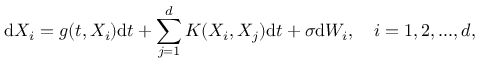
\mathrm d X _ { i } = g ( t , X _ { i } ) \mathrm d t + \sum _ { j = 1 } ^ { d } K ( X _ { i } , X _ { j } ) \mathrm d t + \sigma \mathrm d W _ { i } , \quad i = 1 , 2 , . . . , d ,